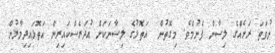
ނުވަތަ ރަށެއްގެ ލިސާން ފެނުމެވެ. މިގޮތުން  އަތޮޅުގެ ލިސާނަކަށް އުދަރެސްކައިރިން އަތޮޅައިދިމާލުން